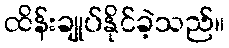
ထိန်းချုပ်နိုင်ခဲ့သည်။